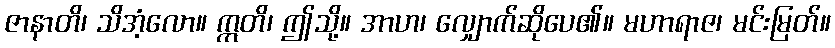
ဇာနာတိ၊ သိအံ့လော။ ဣတိ၊ ဤသို့။ အာဟ၊ လျှောက်ဆိုပေ၏။ မဟာရာဇ၊ မင်းမြတ်။